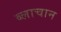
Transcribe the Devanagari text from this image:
ब्लाचान